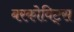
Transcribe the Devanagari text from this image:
बरकोविट्स